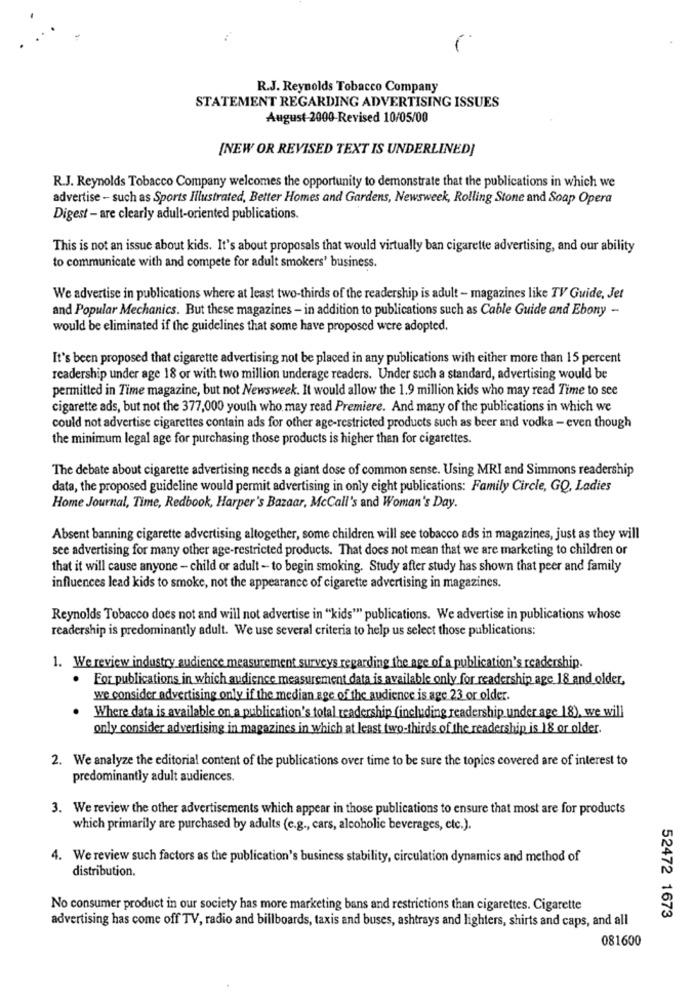
R.J. Reynolds Tobacco Company
STATEMENT REGARDING ADVERTISING ISSUES
August-2000-Revised 10/05/00
[NEW OR REVISED TEXT IS UNDERLINED]
R.J. Reynolds Tobacco Company welcomes the opportunity to demonstrate that the publications in which we
advertise - such as Sports Illustrated, Better Homes and Gardens, Newsweek, Rolling Stone and Soap Opera
Digest - are clearly adult-oriented publications.
This is not an issue about kids. It's about proposals that would virtually ban cigarette advertising, and our ability
to communicate with and compete for adult smokers' business.
We advertise in publications where at least two-thirds of the readership is adult - magazines like TV Guide, Jet
and Popular Mechanics. But these magazines - in addition to publications such as Cable Guide and Ebony -
would be eliminated if the guidelines that some have proposed were adopted.
It's been proposed that cigarette advertising not be placed in any publications with either more than 15 percent
readership under age 18 or with two million underage readers. Under such a standard, advertising would be
permitted in Time magazine, but not Newsweek. It would allow the 1.9 million kids who may read Time to see
cigarette ads, but not the 377,000 youth who may read Premiere. And many of the publications in which we
could not advertise cigarettes contain ads for other age-restricted products such as beer and vodka - even though
the minimum legal age for purchasing those products is higher than for cigarettes.
The debate about cigarette advertising needs a giant dose of common sense. Using MRI and Simmons readership
data, the proposed guideline would permit advertising in only eight publications: Family Circle, GQ, Ladies
Home Journal, Time, Redbook, Harper's Bazaar, McCall's and Woman's Day.
Absent banning cigarette advertising altogether, some children will see tobacco ads in magazines, just as they will
see advertising for many other age-restricted products. That does not mean that we are marketing to children or
that it will cause anyone - child or adult - to begin smoking. Study after study has shown that peer and family
influences lead kids to smoke, not the appearance of cigarette advertising in magazines.
Reynolds Tobacco does not and will not advertise in "kids"" publications. We advertise in publications whose
readership is predominantly adult. We use several criteria to help us select those publications:
1. We review industry audience measurement surveys regarding the age of a publication's readership.
For publications in which audience measurement data is available only for readership age 18 and older,
we consider advertising only if the median age of the audience is age 23 or older.
Where data is available on a publication's total readership (including readership under age 18), we will
only consider advertising in magazines in which at least two-thirds of the readership is 18 or older.
2. We analyze the editorial content of the publications over time to be sure the topics covered are of interest to
predominantly adult audiences.
3. We review the other advertisements which appear in those publications to ensure that most are for products
which primarily are purchased by adults (e.g ., cars, alcoholic beverages, etc.).
4. We review such factors as the publication's business stability, circulation dynamics and method of
distribution.
No consumer product in our society has more marketing bans and restrictions than cigarettes. Cigarette
52472 1673
advertising has come off TV, radio and billboards, taxis and buses, ashtrays and lighters, shirts and caps, and all
081600